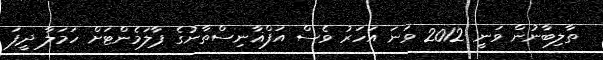
ތާލިބާނުން ވަނީ 2012 ވަނަ އަހަރު ވެސް އަފްޣާނިސްތާނުގެ ޕާލަމެންޓަށް ހަމަލާ ދީފަ